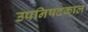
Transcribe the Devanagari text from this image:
उपनिषदकाल